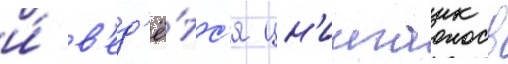
и́ в'ед'ё́тс'я цн'иигаик в